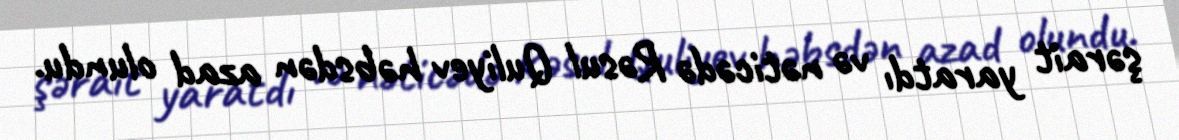
şərait yaratdı və nəticədə Rəsul Quliyev həbsdən azad olundu.